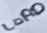
Text: LOAD